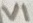
Text: VI